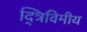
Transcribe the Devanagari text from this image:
द्त्रिविमीय